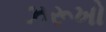
ઝરૂખો